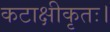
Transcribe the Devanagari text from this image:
कटाक्षीकृतः।